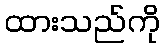
ထားသည်ကို